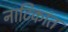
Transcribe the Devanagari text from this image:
नाटिकांत